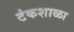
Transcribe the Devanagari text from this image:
टंकशाळा